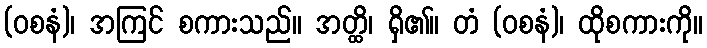
(ဝစနံ)၊ အကြင် စကားသည်။ အတ္ထိ၊ ရှိ၏။ တံ (ဝစနံ)၊ ထိုစကားကို။